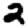
Digit: 2